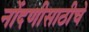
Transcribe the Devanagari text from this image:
नोंदणीसाठीचे